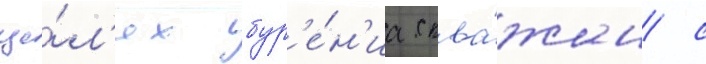
це́л'ях бур'е́н'иа сква́жин с